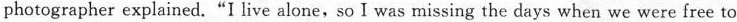
photographer explained."I live alone,so I was missing the days when we were free to